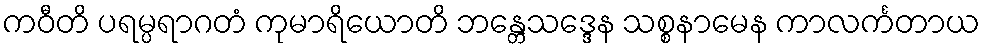
ကဝီတိ ပရမ္ပရာဂတံ ကုမာရိယောတိ ဘန္တေသဒ္ဒေန သစ္စနာမေန ကာလင်္ကတာယ